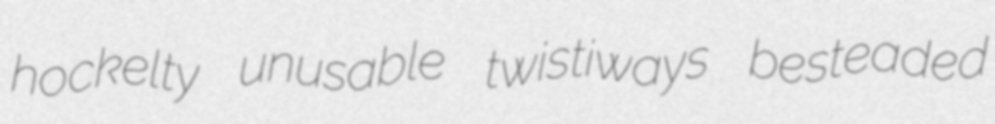
hockelty unusable twistiways besteaded